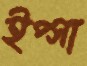
ইপ্সা